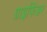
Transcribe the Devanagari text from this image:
ग्राइफिंडर